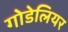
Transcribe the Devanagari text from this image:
गोडेलियर